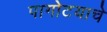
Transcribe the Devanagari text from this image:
पागोटयाचे